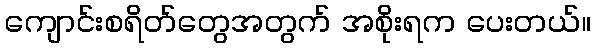
ကျောင်းစရိတ်တွေအတွက် အစိုးရက ပေးတယ်။